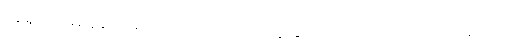
အရှင့်ထံမှ စောင်မ ကယ်တင်မှုကို ကျွန်ုပ်တို့ မျှော်လင့်ကြရလိမ့်မယ်